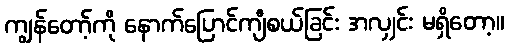
ကျွန်တော့်ကို နောက်ပြောင်ကျီစယ်ခြင်း အလျှင်း မရှိတော့။